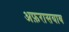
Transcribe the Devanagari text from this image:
अफ़रासयाब